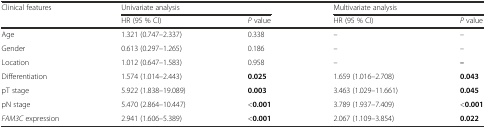
<table><thead><tr><td rowspan="2"><b>Clinical features</b></td><td colspan="2"><b>Univariate analysis</b></td><td colspan="2"><b>Multivariate analysis</b></td></tr><tr><td><b>HR (95 % CI)</b></td><td><b><i>P</i> value</b></td><td><b>HR (95 % CI)</b></td><td><b><i>P</i> value</b></td></tr></thead><tbody><tr><td>Age</td><td>1.321 (0.747–2.337)</td><td>0.338</td><td>–</td><td>–</td></tr><tr><td>Gender</td><td>0.613 (0.297–1.265)</td><td>0.186</td><td>–</td><td>–</td></tr><tr><td>Location</td><td>1.012 (0.647–1.583)</td><td>0.958</td><td>–</td><td><b>–</b></td></tr><tr><td>Differentiation</td><td>1.574 (1.014–2.443)</td><td><b>0.025</b></td><td>1.659 (1.016–2.708)</td><td><b>0.043</b></td></tr><tr><td>pT stage</td><td>5.922 (1.838–19.089)</td><td><b>0.003</b></td><td>3.463 (1.029–11.661)</td><td><b>0.045</b></td></tr><tr><td>pN stage</td><td>5.470 (2.864–10.447)</td><td>&lt;<b>0.001</b></td><td>3.789 (1.937–7.409)</td><td>&lt;<b>0.001</b></td></tr><tr><td><i>FAM3C</i> expression</td><td>2.941 (1.606–5.389)</td><td>&lt;<b>0.001</b></td><td>2.067 (1.109–3.854)</td><td><b>0.022</b></td></tr></tbody></table>